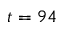
t = 9 4